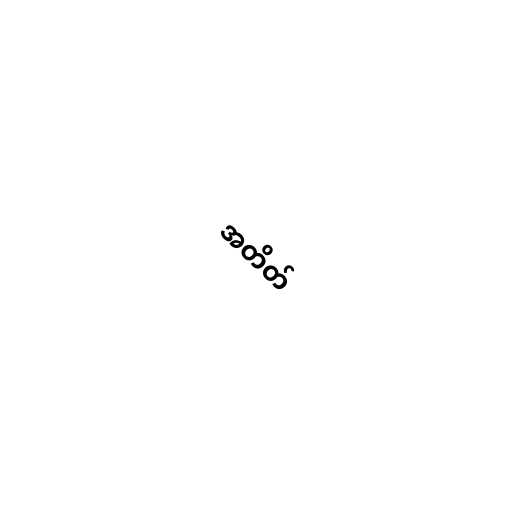
အတိတ်